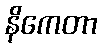
နိကေတာ